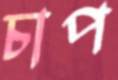
চাপ